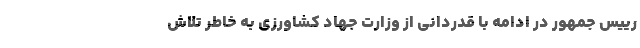
رییس جمهور در ادامه با قدردانی از وزارت جهاد کشاورزی به خاطر تلاش